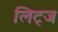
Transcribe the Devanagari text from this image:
लिट्ज